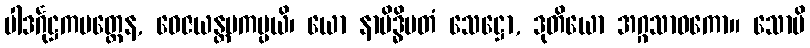
ပါဒင်္ဂုဋ္ဌကမတ္တေန, ဝေဇယန္တမကမ္ပယိ၊ ယော နာမိဒ္ဓိမတံ သေဋ္ဌော, ဒုတိယော အဂ္ဂသာဝကော။ သောပိ